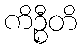
ကိဉ္စီတိ